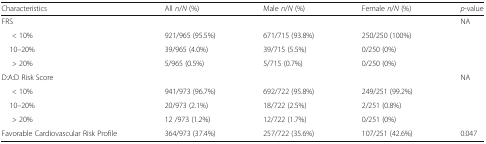
<table><thead><tr><td><b>Characteristics</b></td><td><b>All <i>n</i>/<i>N</i> (%)</b></td><td><b>Male <i>n</i>/<i>N</i> (%)</b></td><td><b>Female <i>n</i>/<i>N</i> (%)</b></td><td><b><i>p</i>-value</b></td></tr></thead><tbody><tr><td>FRS</td><td></td><td></td><td></td><td>NA</td></tr><tr><td>&lt; 10%</td><td>921/965 (95.5%)</td><td>671/715 (93.8%)</td><td>250/250 (100%)</td><td></td></tr><tr><td> 10–20%</td><td>39/965 (4.0%)</td><td>39/715 (5.5%)</td><td>0/250 (0%)</td><td></td></tr><tr><td>&gt; 20%</td><td>5/965 (0.5%)</td><td>5/715 (0.7%)</td><td>0/250 (0%)</td><td></td></tr><tr><td>D:A:D Risk Score</td><td></td><td></td><td></td><td>NA</td></tr><tr><td>&lt; 10%</td><td>941/973 (96.7%)</td><td>692/722 (95.8%)</td><td>249/251 (99.2%)</td><td></td></tr><tr><td> 10–20%</td><td>20/973 (2.1%)</td><td>18/722 (2.5%)</td><td>2/251 (0.8%)</td><td></td></tr><tr><td>&gt; 20%</td><td>12 /973 (1.2%)</td><td>12/722 (1.7%)</td><td>0/251 (0%)</td><td></td></tr><tr><td>Favorable Cardiovascular Risk Profile</td><td>364/973 (37.4%)</td><td>257/722 (35.6%)</td><td>107/251 (42.6%)</td><td>0.047</td></tr></tbody></table>